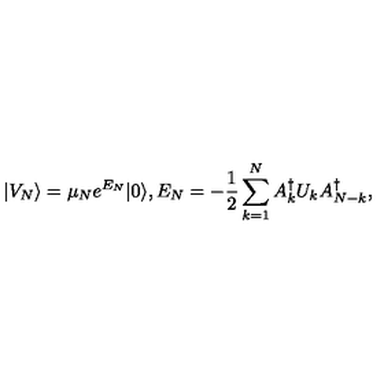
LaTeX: | V _ { N } \rangle = \mu _ { N } e ^ { E _ { N } } | 0 \rangle , E _ { N } = - { \frac { 1 } { 2 } } \sum _ { k = 1 } ^ { N } A _ { k } ^ { \dagger } U _ { k } A _ { N - k } ^ { \dagger } ,